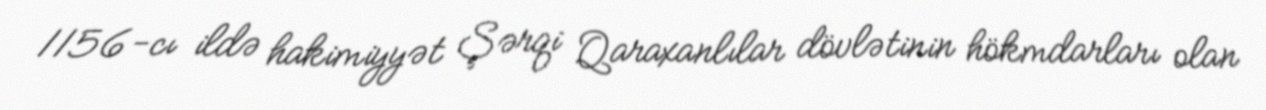
1156-cı ildə hakimiyyət Şərqi Qaraxanlılar dövlətinin hökmdarları olan